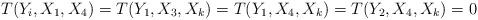
LaTeX: \begin{align*} T(Y_{i},X_{1},X_{4})=T(Y_{1},X_{3},X_{k})=T(Y_{1},X_{4},X_{k})=T(Y_{2},X_{4},X_{k})=0 \end{align*}